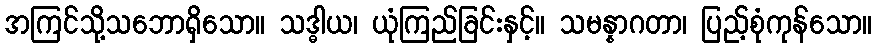
အကြင်သို့သဘောရှိသော။ သဒ္ဓါယ၊ ယုံကြည်ခြင်းနှင့်။ သမန္နာဂတာ၊ ပြည့်စုံကုန်သော။